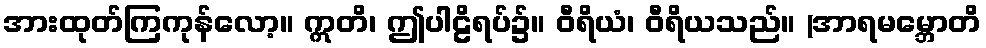
အားထုတ်ကြကုန်လော့။ ဣတိ၊ ဤပါဠိရပ်၌။ ဝီရိယံ၊ ဝီရိယသည်။ (အာရမမ္ဘောတိ